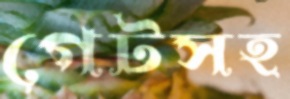
গেটসহ